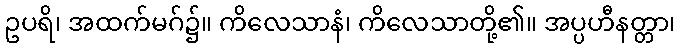
ဥပရိ၊ အထက်မဂ်၌။ ကိလေသာနံ၊ ကိလေသာတို့၏။ အပ္ပဟီနတ္တာ၊